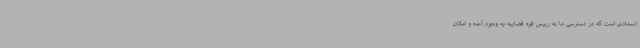
انسدادی است که در دسترسی ما به رییس قوه قضاییه به وجود آمده و امکان